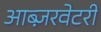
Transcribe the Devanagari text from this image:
आब्ज़रवेटरी